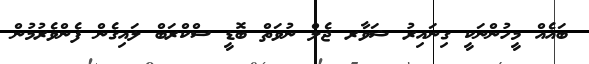
ބައެއް މީހުންނަކީ ގިނައިރު ޝަވާރ ޖެލް ނުވަތް ބޮޑީ ސްކްރަބް ލައިގެން ފެންވެރުމުން